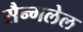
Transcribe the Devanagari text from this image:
सैन्गलेल